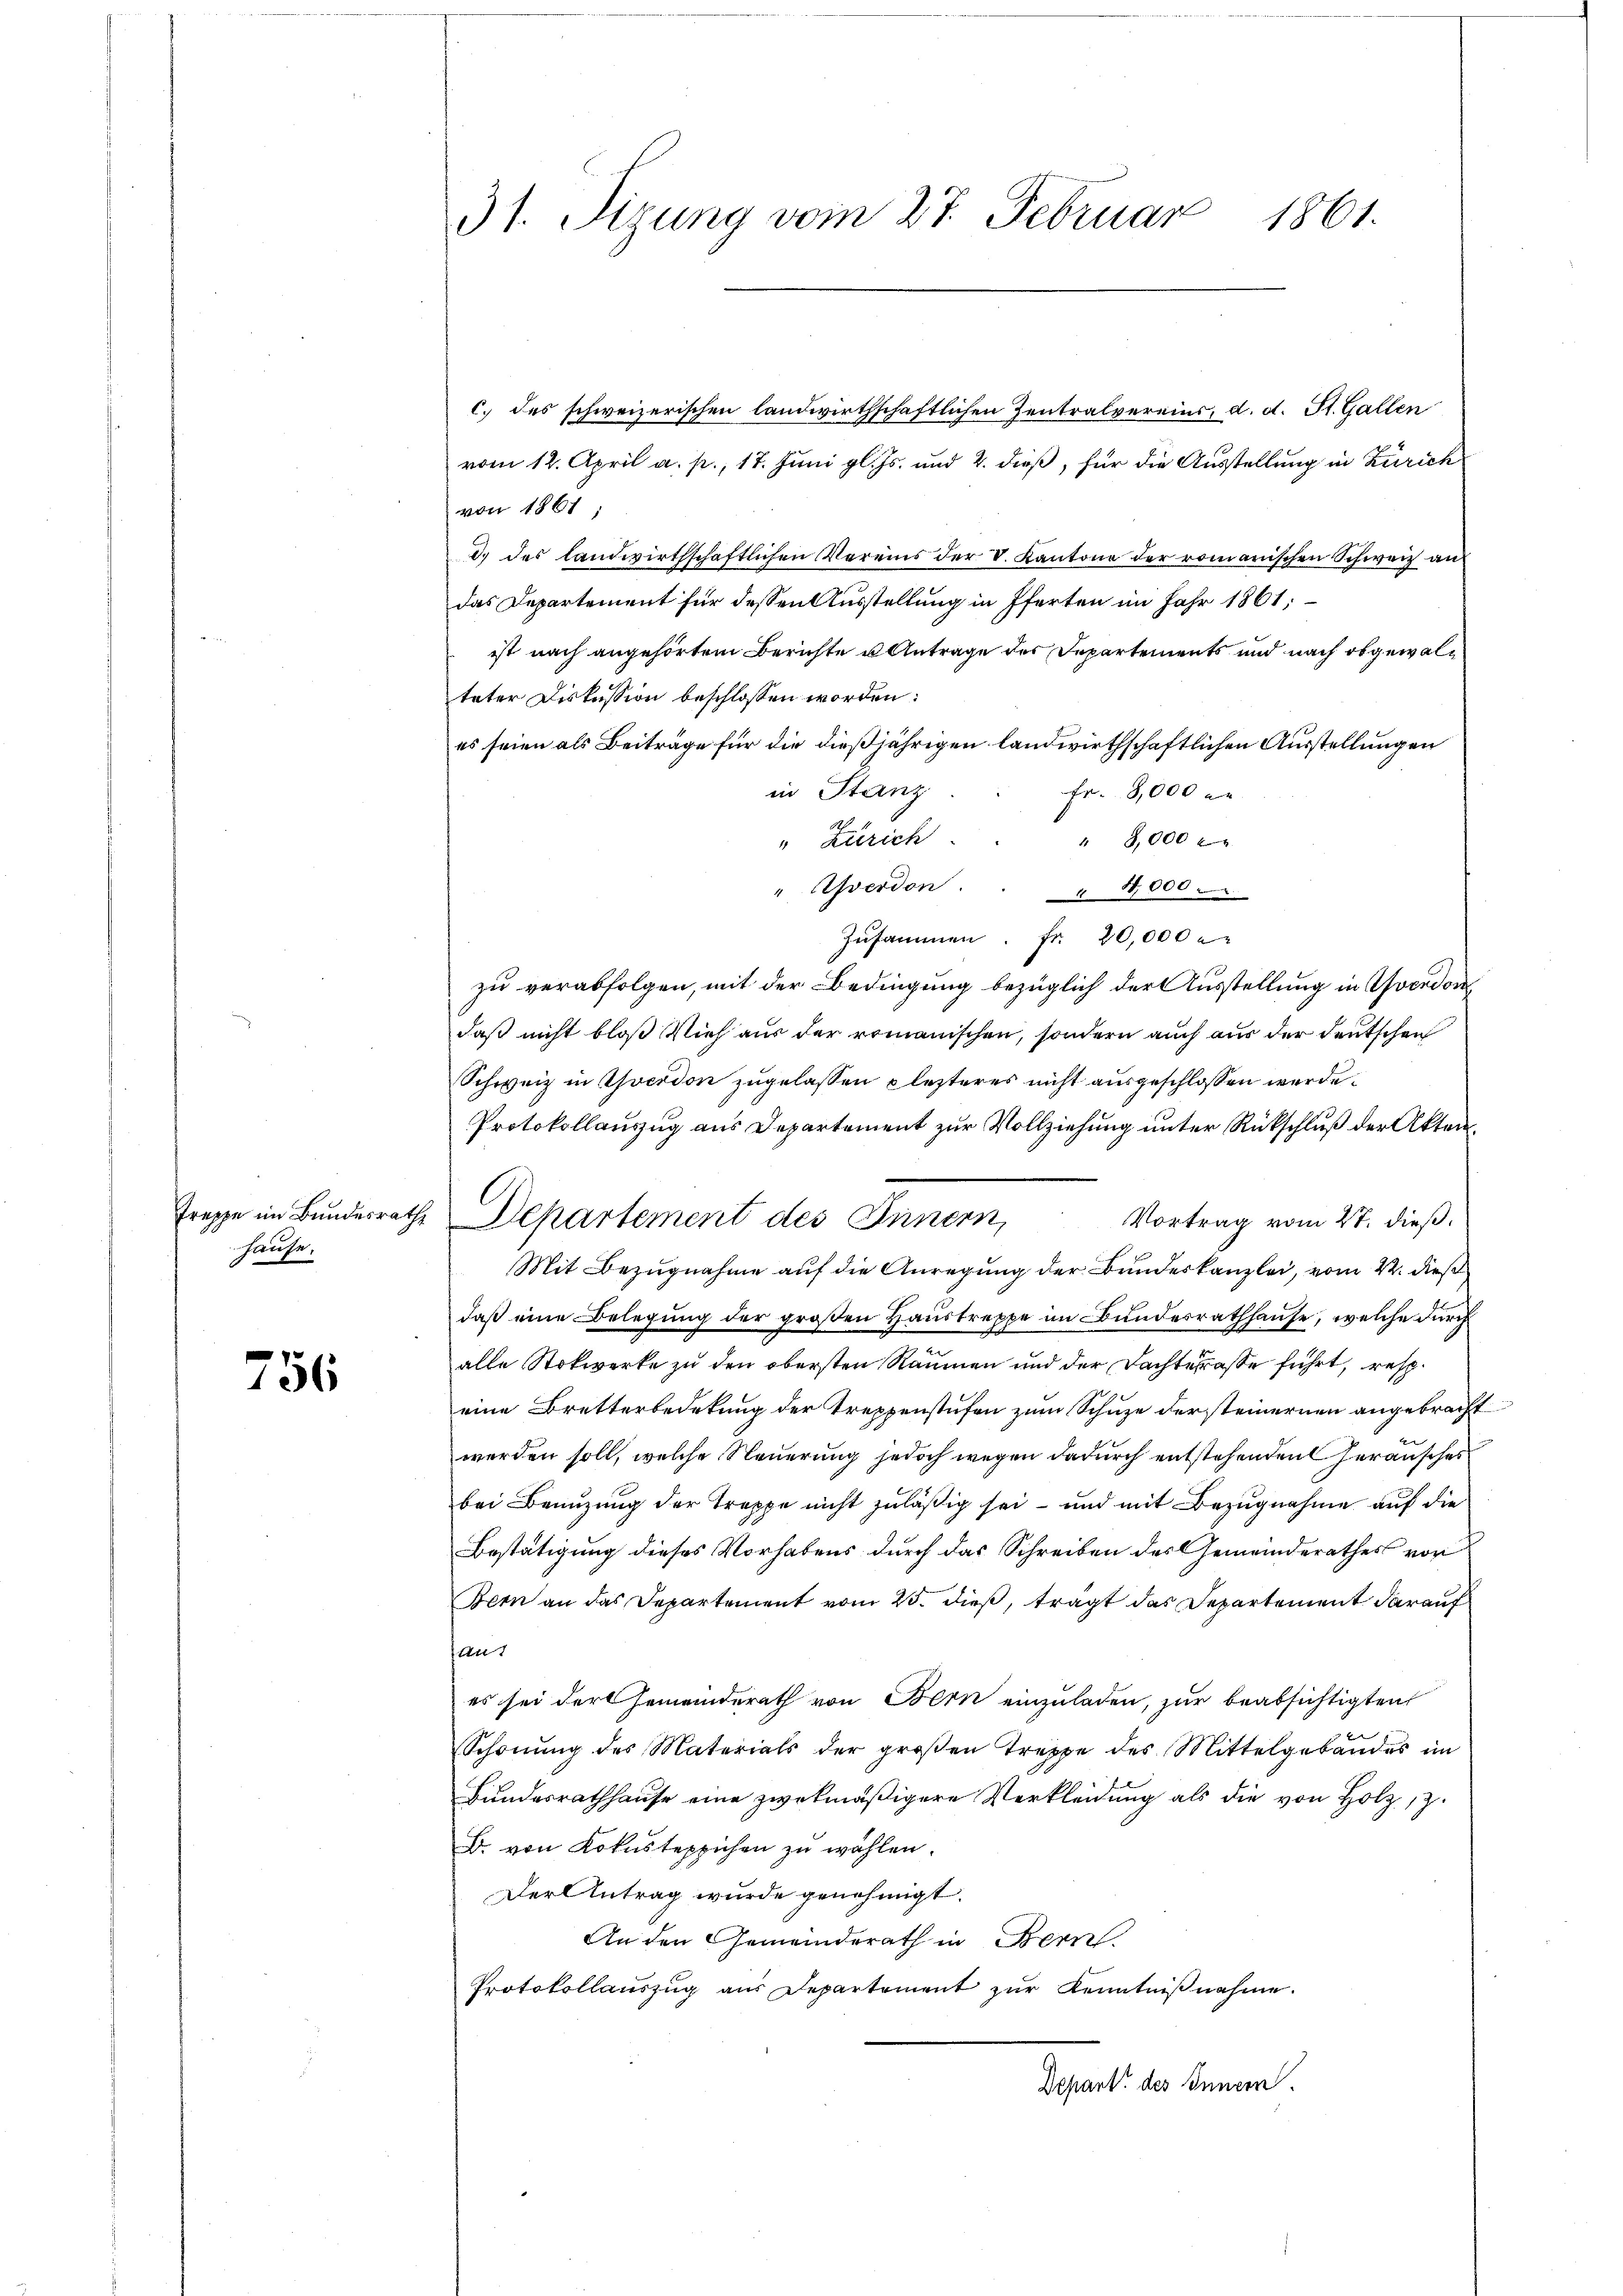
hause,

756

31. Sizung vom 27. Februar 1861.

c. des schweizerischen landwirthschaftlichen Zentralvereins, d. d. St. Gallen
vom 12. April a. p., 17. Juni gl. Js. und 2. dieß, für die Ausstellung in Zürich
von 1861;
d.) des landwirthschaftlichen Vereins der V. Kantone der romanischen Schweiz auf
das Departement für dessen Ausstellung in Pferten im Jahr 1861;
ist nach angehörtem Berichte u Antrage des Departements und nach obgewalteter Diskussion beschlossen worden:
es seien als Beiträge für die dießjährigen landwirthschaftlichen Ausstellungen
in Stanz
Fr. 18,000 re
" 3,000 f
" Zürich
" Averdon . . " 4,000 -
Zusammen. Fr. 20,000
zu verabfolgen, mit der Bedingung bezüglich der Ausstellung in Yverdon
daß nicht bloß Vieh aus der romanischen, sondern auch aus der deutschen
Schweiz in Yverdon zugelassen plezteres nicht ausgeschlossen werde.
Protokollauszug aus Departement zur Vollziehung unter Rückschluß der Akten.
Vortrag vom 27. dieß.
Mit Bezugnahme auf die Anregung der Bundeskanzlei, vom 22. dieß
daß eine Belegung der großen Haustreppe im Bundesrathhause, welche durch
alle Stokwerke zu den obersten Räumen und der Dachterasse führt, resp.
eine Bretterbedekung der Treppenstufen zum Schuze der steinernen angebracht
werden soll, welche Steuerung jedoch wegen dadurch entstehenden Herausches
bei Benuzung der Treppe nicht zuläßig sei – und mit Bezugnahme auf die
Bestätigung dieses Vorhabens durch das Schreiben des Gemeinderathes von
Bern an das Departement vom 25. dieß, tragt das Departement darauf
An
es sei der Gemeinderath von Bern einzuladen, zur beabsichtigten
Schonung des Materials der groβen Treppe des Mittelgebäudes im
Bundesrathhause eine zwekmäßigere Verkleidung als die von Holz z
B. von Lohnsteppichen zu wählen.
Der Antrag wurde genehmigt.
An den Gemeinderath in Bern
Protokollauszug aus Departement zur Kenntnißnahme.
Depart des Innern.

Treppe im Bundesrathe Departement des Innern,